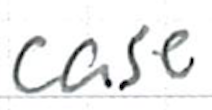
Text: case
Cross-out: clean
Writing tool: ballpoint